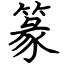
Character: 篆